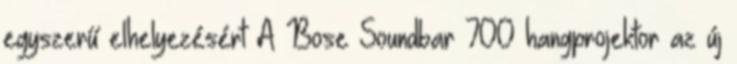
egyszerű elhelyezésért A Bose Soundbar 700 hangprojektor az új